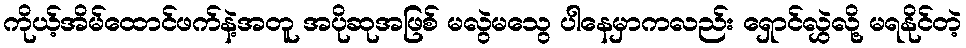
ကိုယ့်အိမ်ထောင်ဖက်နဲ့အတူ အပိုဆုအဖြစ် မလွဲမသွေ ပါနေမှာကလည်း ရှောင်လွှဲလို့ မရနိုင်တဲ့